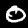
Digit: 0